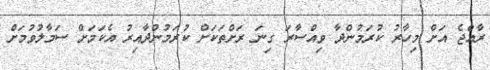
ރާއްޖެ އަށް މިހާރު ކުރަމުންދާ ވިއްސާރަ ގިނަ ރަށްތަކަށް ކުރަމުންދާއިރު އެކަމަށް ސަމާލުވުމަށް